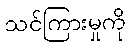
သင်ကြားမှုကို